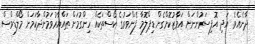
ދާނެއެވެ. އަދި އޮފިސަރުންނަށް އަމާޒުކޮށްގެން ޑިޕްލޮމާ ފެންވަރުގެ ކޯސްތަކެއް ހިންގުމަށް ތައްޔާރުވަމުންދާކަމަށް މޯލްޑިވްސް